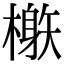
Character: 𣛘